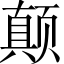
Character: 颠